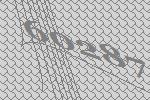
60287